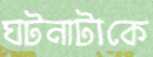
ঘটনাটাকে